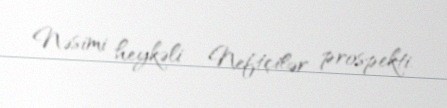
Nəsimi heykəli - Neftçilər prospekti.